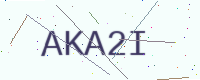
Text: AKA2I